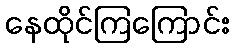
နေထိုင်ကြကြောင်း